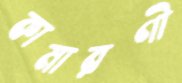
কামারণী